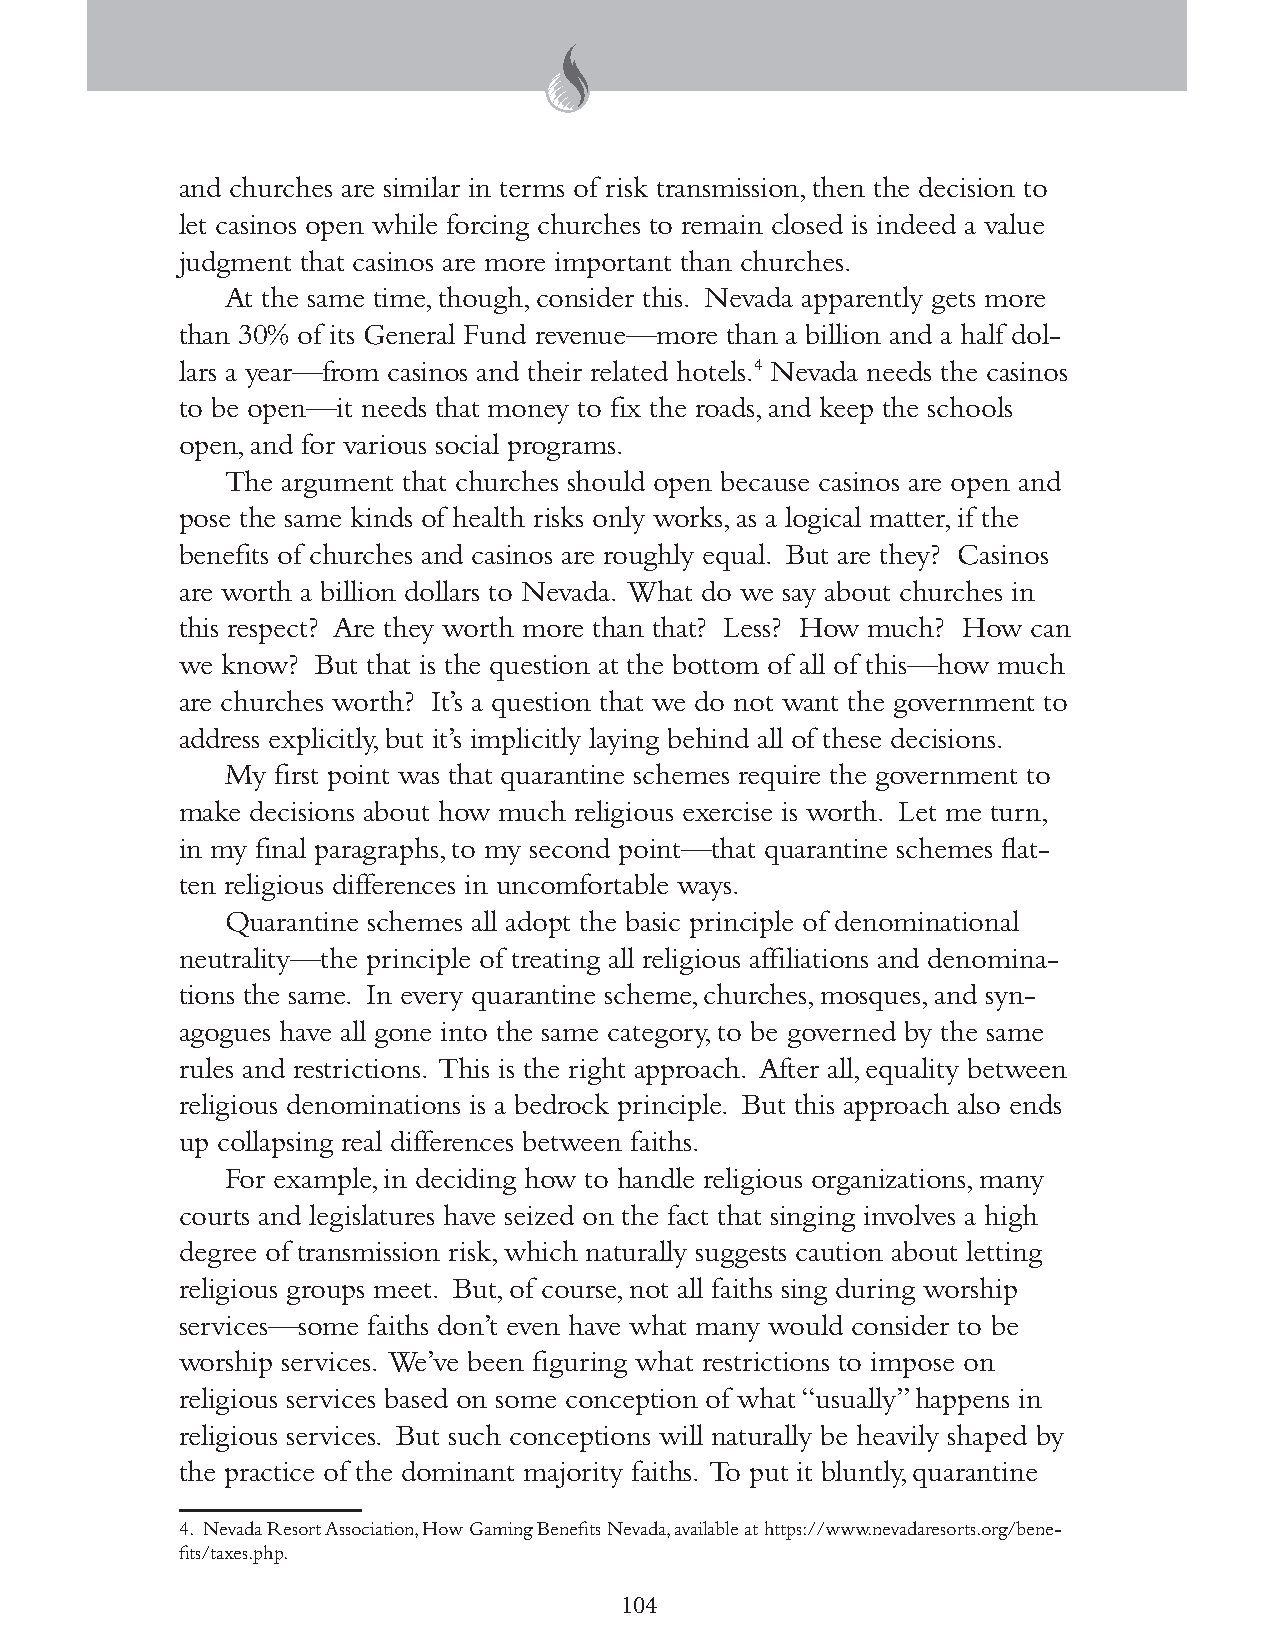
and churches are similar in terms of risk transmission, then the decision to
 let casinos open while forcing churches to remain closed is indeed a value
 judgment that casinos are more important than churches.
 At the same time, though, consider this. Nevada apparently gets more
 than 30% of its General Fund revenue—more than a billion and a half dol-
 lars a year—from casinos and their related hotels.4 Nevada needs the casinos
 to be open—it needs that money to fix the roads, and keep the schools
 open, and for various social programs.
 The argument that churches should open because casinos are open and
 pose the same kinds of health risks only works, as a logical matter, if the
 benefits of churches and casinos are roughly equal. But are they? Casinos
 are worth a billion dollars to Nevada. What do we say about churches in
 this respect? Are they worth more than that? Less? How much? How can
 we know? But that is the question at the bottom of all of this—how much
 are churches worth? It’s a question that we do not want the government to
 address explicitly, but it’s implicitly laying behind all of these decisions.
 My first point was that quarantine schemes require the government to
 make decisions about how much religious exercise is worth. Let me turn,
 in my final paragraphs, to my second point—that quarantine schemes flat-
 ten religious differences in uncomfortable ways.
 Quarantine schemes all adopt the basic principle of denominational
 neutrality—the principle of treating all religious affiliations and denomina-
 tions the same. In every quarantine scheme, churches, mosques, and syn-
 agogues have all gone into the same category, to be governed by the same
 rules and restrictions. This is the right approach. After all, equality between
 religious denominations is a bedrock principle. But this approach also ends
 up collapsing real differences between faiths.
 For example, in deciding how to handle religious organizations, many
 courts and legislatures have seized on the fact that singing involves a high
 degree of transmission risk, which naturally suggests caution about letting
 religious groups meet. But, of course, not all faiths sing during worship
 services—some faiths don’t even have what many would consider to be
 worship services. We’ve been figuring what restrictions to impose on
 religious services based on some conception of what “usually” happens in
 religious services. But such conceptions will naturally be heavily shaped by
 the practice of the dominant majority faiths. To put it bluntly, quarantine
 4. Nevada Resort Association, How Gaming Benefits Nevada, available at https://www.nevadaresorts.org/bene-
 fits/taxes.php.
 104